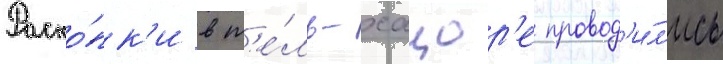
Раско́пк'и в т'е́ль-хацор'е провод'и́л'ись